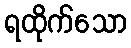
ရထိုက်သော